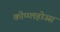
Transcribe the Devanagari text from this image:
कोप्प्लहोउस